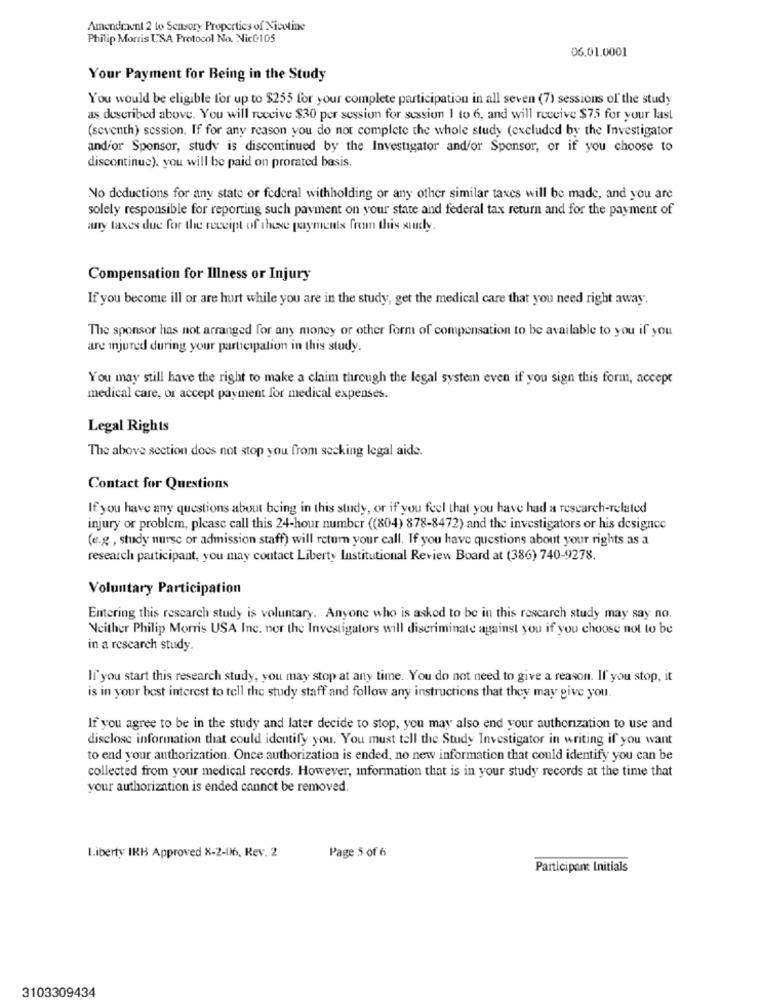
Amendment 2 to Sensory Properties of Nicotine
Philip Morris USA Protocol No. Nic@105
06.01.0001
Your Payment for Being in the Study
You would be eligible for up to $255 for your complete participation in all seven (7) sessions of the study
as described above. You will receive $30 per session for session I to 6, and will receive $75 for your last
(seventh) session. If for any reason you do not complete the whole study (excluded by the Investigator
and/or Sponsor, study is discontinued by the Investigator and/or Sponsor, or if you choose to
discontinue). you will be paid on prorated basis.
No deductions for any state or federal withholding or any other similar taxes will be made, and you are
solely responsible for reporting such payment on your state and federal tax return and for the payment of
any taxes due for the receipt of these payments from this study.
Compensation for Illness or Injury
If you become ill or are hurt while you are in the study, get the medical care that you need right away.
The sponsor has not arranged for any money or other form of compensation to be available to you if you
are injured during your participation in this study.
You may still have the right to make a claim through the legal system even if you sign this form, accept
medical care, or accept payment for medical expenses.
Legal Rights
The above section does not stop you from seeking legal aide.
Contact for Questions
If you have any questions about being in this study, or if you feel that you have had a research-related
injury or problem, please call this 24-hour number ((804) 878-8472) and the investigators or his designce
(e.g. , study nurse or admission staff) will return your call. If you have questions about your rights as a
research participant, you may contact Liberty Institutional Review Board at (386) 740-9278.
Voluntary Participation
Entering this research study is voluntary. Anyone who is asked to be in this research study may say no.
Neither Philip Morris USA Inc. nor the Investigators will discriminate against you if you choose not to be
in a rescarch study
If you start this research study, you may stop at any time. You do not need to give a reason. If you stop, it
is in your best interest to tell the study staff and follow any instructions that they may give you.
If you agree to be in the study and later decide to stop, you may also end your authorization to use and
disclose information that could identify you. You must tell the Study Investigator in writing if you want
to end your authorization. Once authorization is ended, no new information that could identify you can be
collected from your medical records. However, information that is in your study records at the time that
your authorization is ended cannot be removed.
Liberty IRB Approved X-2-06, Rev. 2
Page 5 of 6
Participant Initials
3103309434